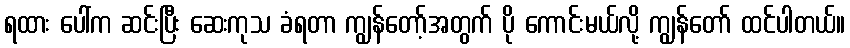
ရထား ပေါ်က ဆင်းပြီး ဆေးကုသ ခံရတာ ကျွန်တော့်အတွက် ပို ကောင်းမယ်လို့ ကျွန်တော် ထင်ပါတယ်။